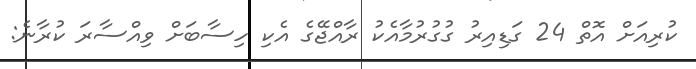
ކުރިއަށް އޮތް 24 ގަޑިއިރު ގުގުރުމާއެކު ރާއްޖޭގެ އެކި ހިސާބަށް ވިއްސާރަ ކުރާނެ: